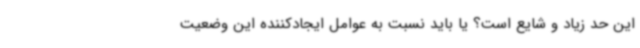
این حد زیاد و شایع است؟ یا باید نسبت به عوامل ایجادکننده این وضعیت